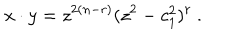
x \cdot y = z ^ { 2 ( n - r ) } ( z ^ { 2 } - c _ { 1 } ^ { 2 } ) ^ { r } ~ .